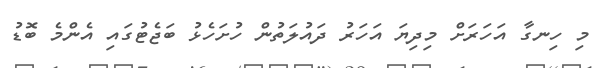
މި ހިނގާ އަހަރަށް މިދިޔަ އަހަރު ދައުލަތުން ހުށަހެޅު ބަޖެޓުގައި އެންމެ ބޮޑު